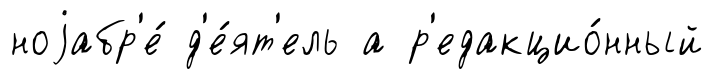
ноjабр'е́ д'е́ят'ель а р'едакцио́нный